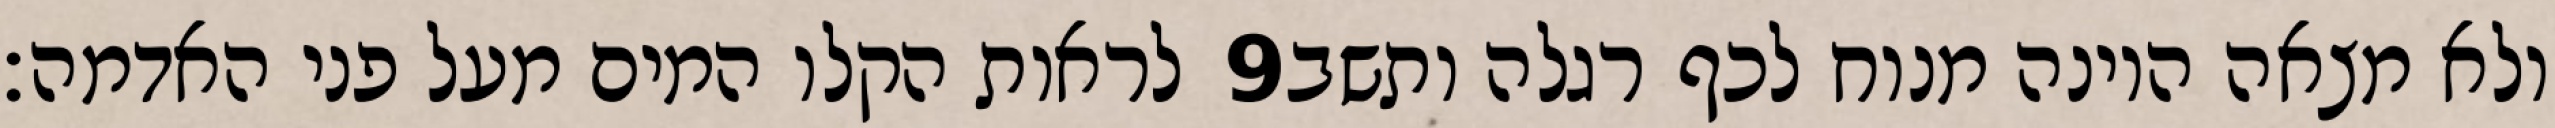
לראות הקלו המים מעל פני האדמה׃ ‎9‏ ולא מצאה היונה מנוח לכף רגלה ותשב